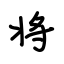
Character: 将